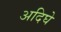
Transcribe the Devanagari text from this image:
अदिघे